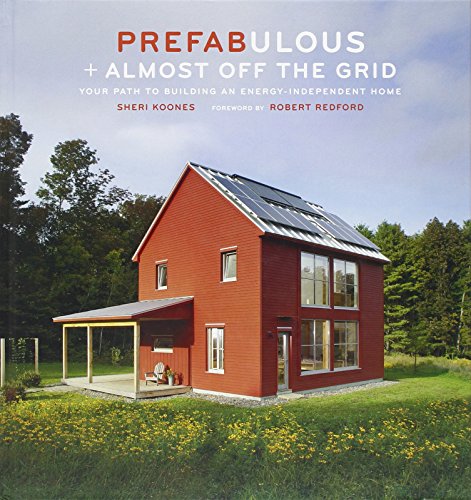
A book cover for Prefabulous + Almost Off the Grid: Your Path to Building an Energy-Independent Home; Sheri Koones; Crafts, Hobbies & Home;